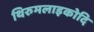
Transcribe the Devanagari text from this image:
थिरुमलाइकोदि